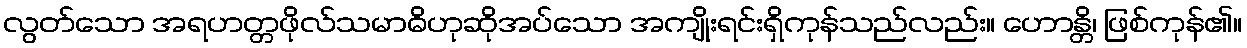
လွတ်သော အရဟတ္တဖိုလ်သမာဓိဟုဆိုအပ်သော အကျိုးရင်းရှိကုန်သည်လည်း။ ဟောန္တိ၊ ဖြစ်ကုန်၏။